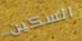
السكين